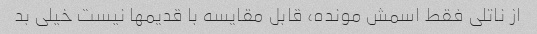
از ناتلی فقط اسمش مونده، قابل مقایسه با قدیمها نیست خیلی بد